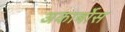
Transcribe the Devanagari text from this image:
अकार्बोस